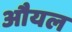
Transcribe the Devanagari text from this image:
औयल